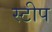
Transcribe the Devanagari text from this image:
स्टीप